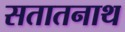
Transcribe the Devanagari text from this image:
सतातनाथ